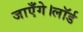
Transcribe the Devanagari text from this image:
जाएँगे।लॉर्ड